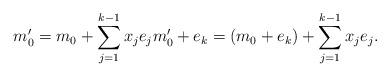
LaTeX: \begin{align*}m'_0 = m_0 + \sum_{j=1}^{k-1} x_j e_j m'_0 + e_k =(m_0 + e_k) + \sum_{j=1}^{k-1} x_j e_j.\end{align*}